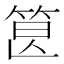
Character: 𥭷